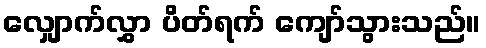
လျှောက်လွှာ ပိတ်ရက် ကျော်သွားသည်။